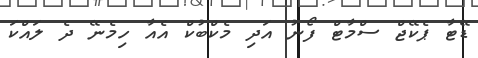
ޑޭޓާ ޕެކޭޖް ސްމާޓް ފޯނު އަދި މެކްބުކް އެއާ ހިމެނޭ ދެ ލައްކަ